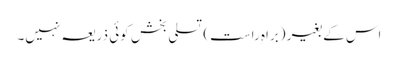
اس کے بغیر (براہِ راست) تسلی بخش کوئی ذریعہ نہیں۔